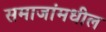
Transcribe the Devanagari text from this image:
समाजांमधील